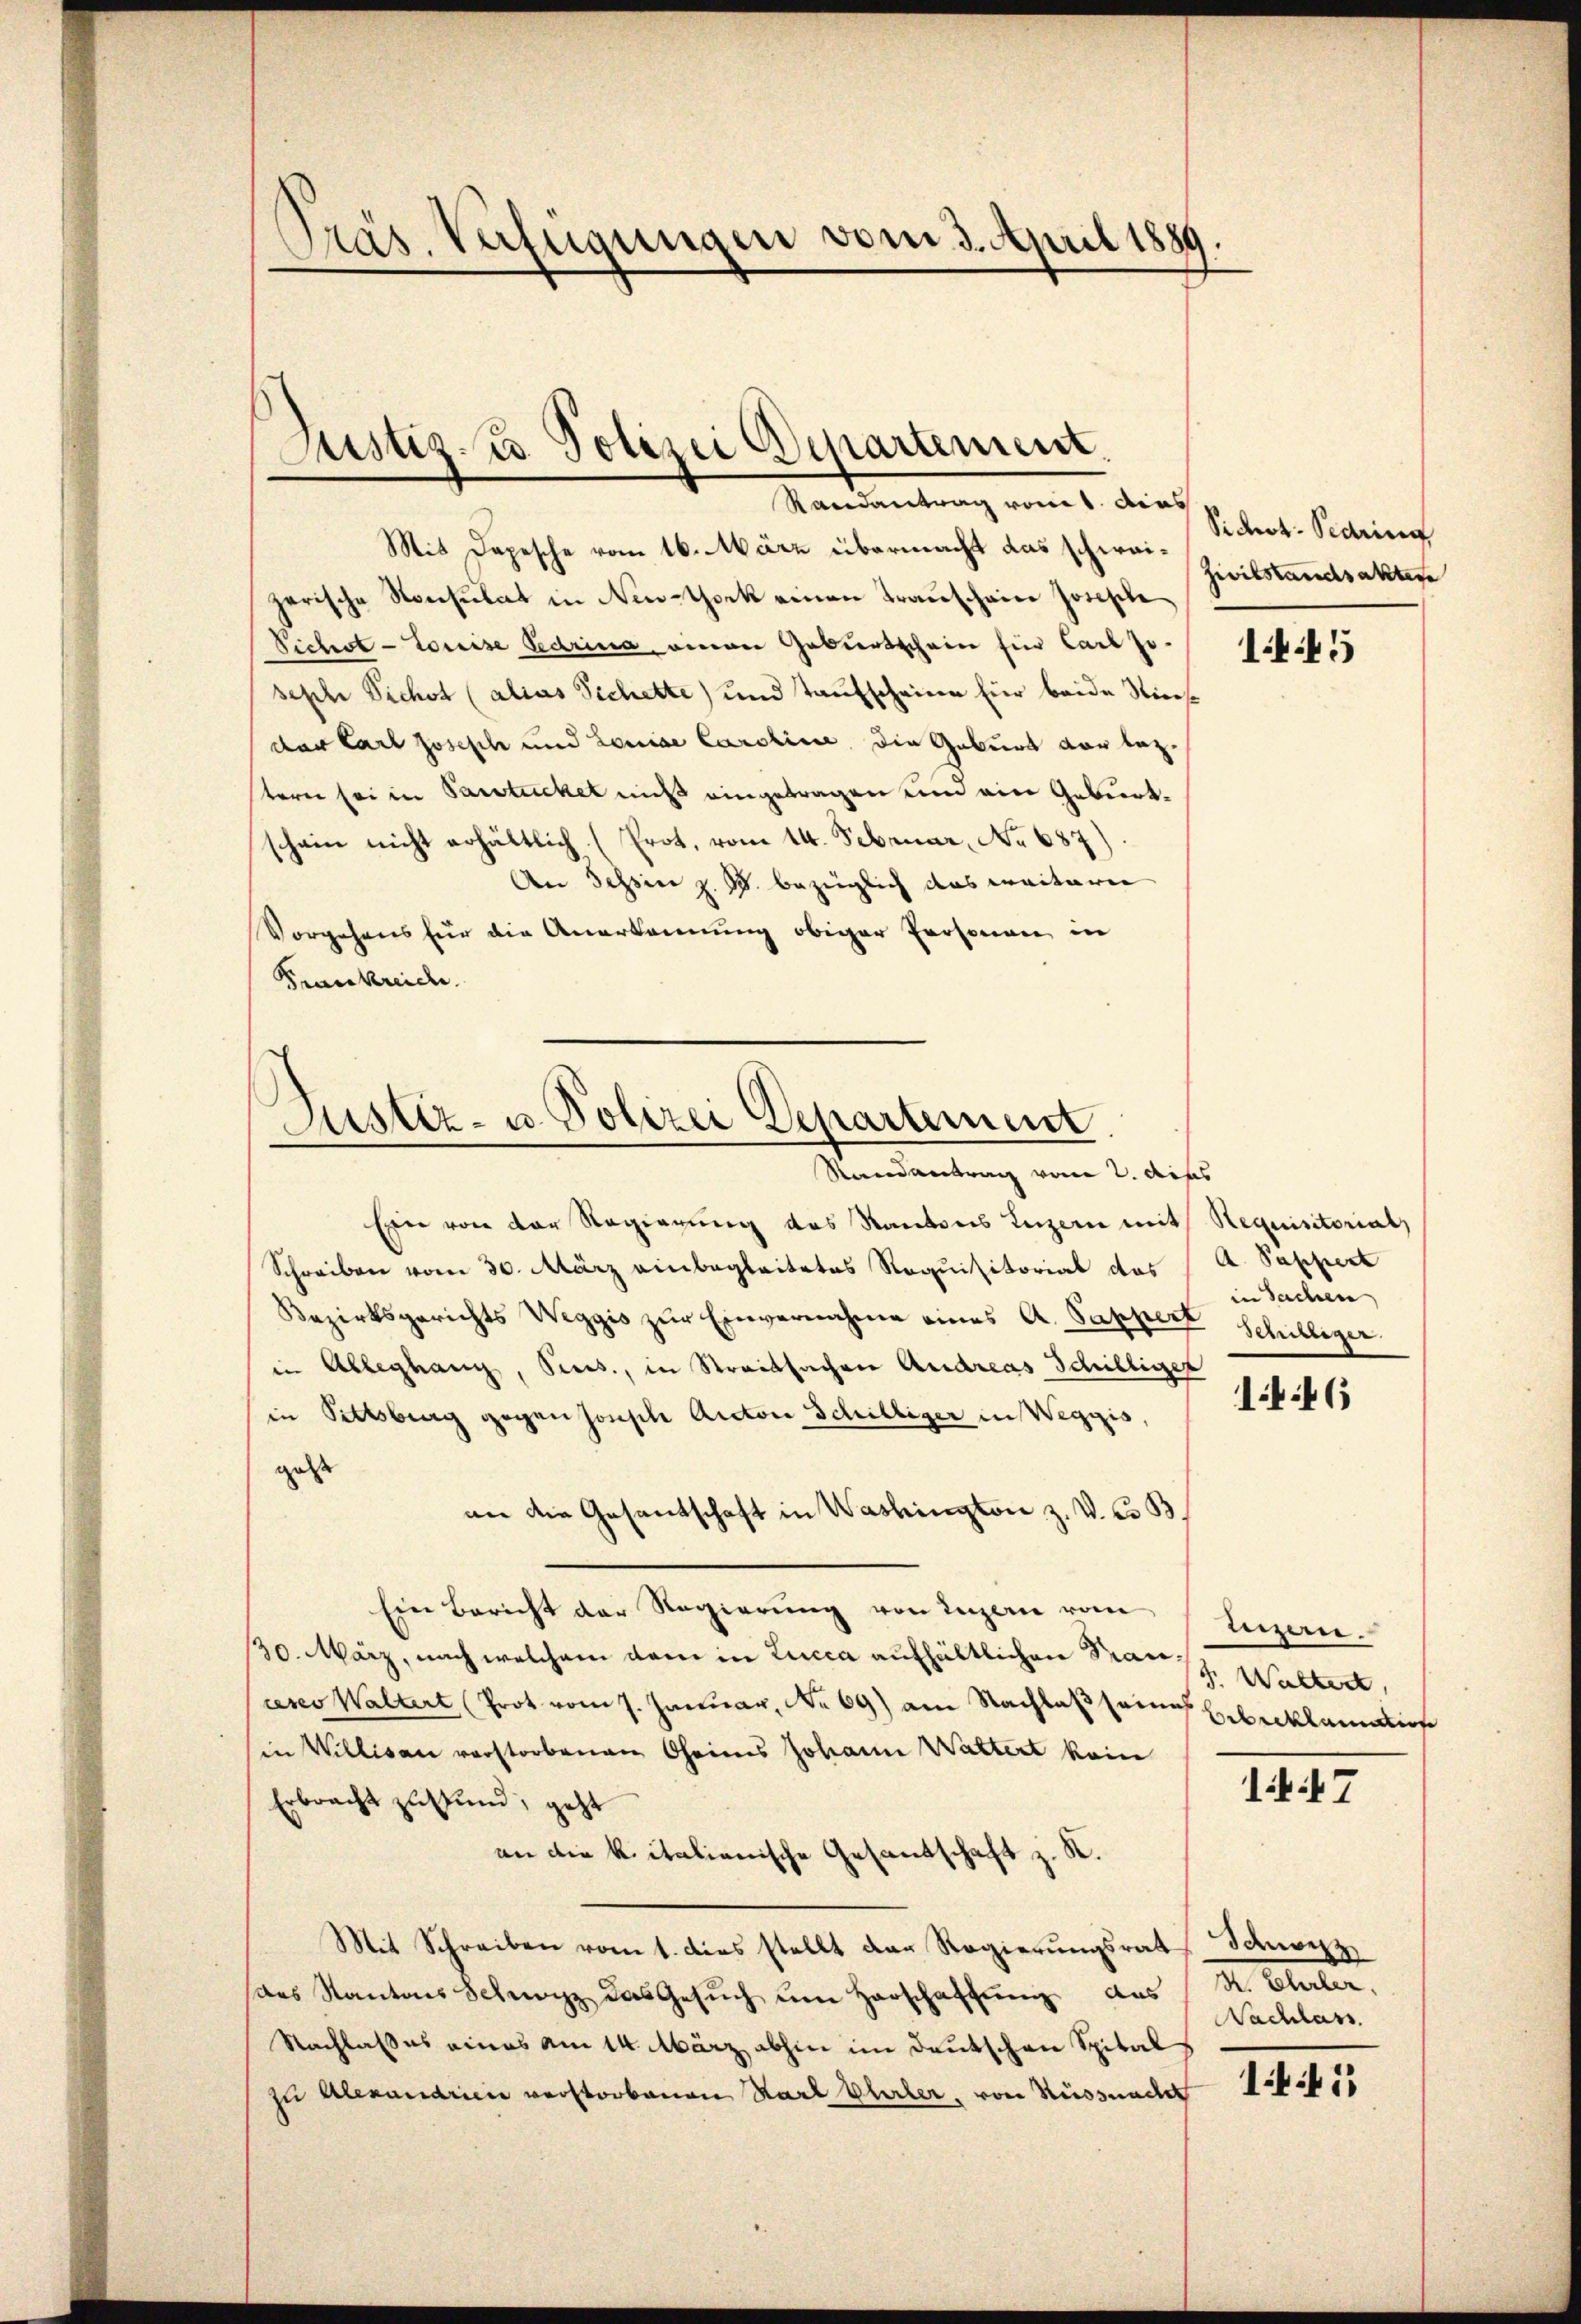
)
Präs. Verfügungen vom 3. April 1889

Justiz- u. Polizei Departement.

Randantrag vom 1. dies
Mit Depesche vom 16. März übermacht das schweizerische Konsulat in New-York einen Transchaine Josephe
Pichst-Louise Pedrina einen Geburtschein für Carl Jo-
seph Pichst (alias Sichette) und Taufscheine für beide Siechder Carl Joseph und Louise Caroline, die Geburt vor bez.
stern sei in Partickel nicht eingetragen und ein Geburtschein nicht erhältlich (Prot. vom 14. Februar, No 687)
An Tessin z. B. bezüglich das weiterer
Vorgehens für die Anerkennung obiger Personen in
Frankreic

Justiz- u. Polizei Departement
Randantrag vom 2. dess

Ein von der Regierung des Kantons Luzern mit Requisitoriat
Schreiben vom 30. März einbegleitetes Requisitorial das
Bezirksgerichts Weggis zur Einvernahme eines A. Sappert
in Ableghang, Pices., in Streitsachen Andreas Schilliger
in Pittsberg gegen sonste Auctor Schilliger in Weggis,
geste
an die Gesandschaft in Washington z. V. C. B
Ein Bericht der Regierŭng von Luzern von Luzern.
30. März, nach welchem dem in Lucca aufhältlichen Kranreser Waltert (Prot vom 7. Januar, No 69) am Nachlaß seines Erbreklamatione
in Willisau verstorbenen Oheimis Johann Wattert kein
Erbracht zustund, geht
vie die kritalienische Gesandschaft z. K.
Mit Schreiben vom 1. dies stellt der Regierŭngsrat Schwerz
das Kantons Schwarz das Gesŭch ŭm Harschaffŭng des R. Ehler,
Nachlasses eines am 14. März abhin im Deutschen Spital
zu Alexandrien verstorbenen Karl Ehler, von Küssnade f

Sidert: Sedring
Zivilstandsaktere

1.45

A. Puppiert
in Sachen
Demteiger.

1:46

f. Waltert,

17

Nachlass